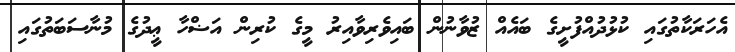
އެހަރަކާތުގައި ކުޅުދުއްފުށީގެ ބައެއް ޒުވާނުން ބައިވެރިވާއިރު މީގެ ކުރިން އަޟްހާ ޢީދުގެ މުނާސަބަތުގައި